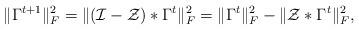
LaTeX: \begin{align*}\|\Gamma^{t+1}\|_{F}^{2}=\|(\mathcal{I}-\mathcal{Z})*\Gamma^{t}\|^{2}_{F}=\|\Gamma^{t}\|^{2}_{F}-\|\mathcal{Z}*\Gamma^{t}\|^{2}_{F},\end{align*}